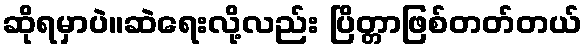
ဆိုရမှာပဲ။ဆဲရေးလို့လည်း ပြိတ္တာဖြစ်တတ်တယ်